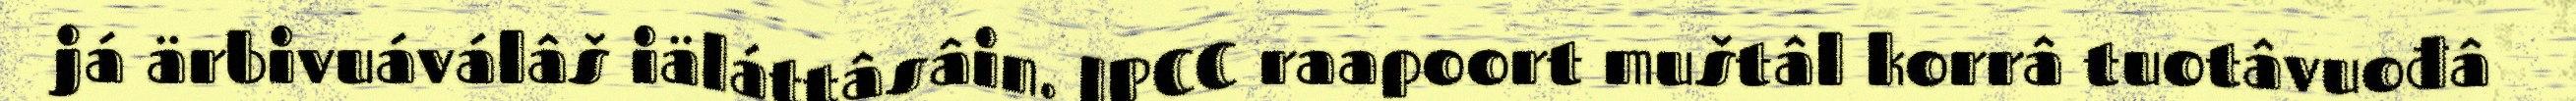
já ärbivuáválâš iäláttâsâin. IPCC raapoort muštâl korrâ tuotâvuođâ